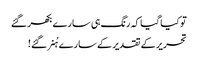
تو کیا گیا کہ رنگ ہی سارے بکھر گئے
تحریر کے تقدیر کے سارے ہُنر گئے !